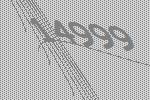
14999